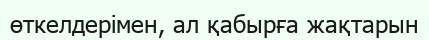
өткелдерімен, ал қабырға жақтарын